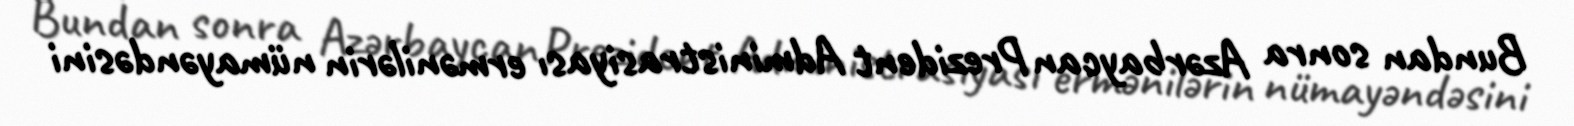
Bundan sonra Azərbaycan Prezident Administrasiyası ermənilərin nümayəndəsini